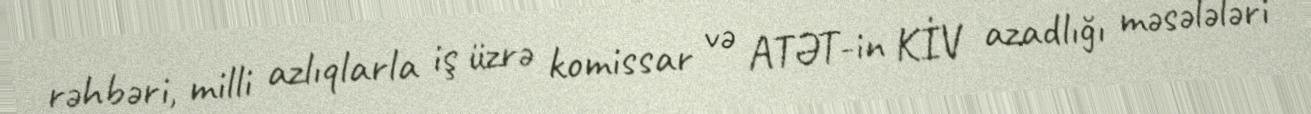
rəhbəri, milli azlıqlarla iş üzrə komissar və ATƏT-in KİV azadlığı məsələləri